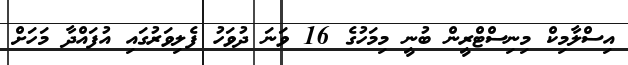
އިސްލާމިކް މިނިސްޓްރީން ބުނީ މިމަހުގެ 16 ވަނަ ދުވަހު ފެލިވަރުގައި އުފައްދާ މަހަށް